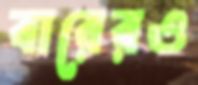
বারেরও